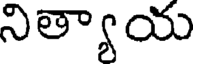
నిత్యాయ